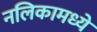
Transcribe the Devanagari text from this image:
नलिकामध्ये